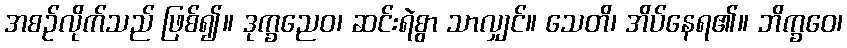
အစဉ်လိုက်သည် ဖြစ်၍။ ဒုက္ခညေဝ၊ ဆင်းရဲစွာ သာလျှင်။ သေတိ၊ အိပ်နေရ၏။ ဘိက္ခဝေ၊